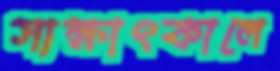
সাক্ষাৎকালে